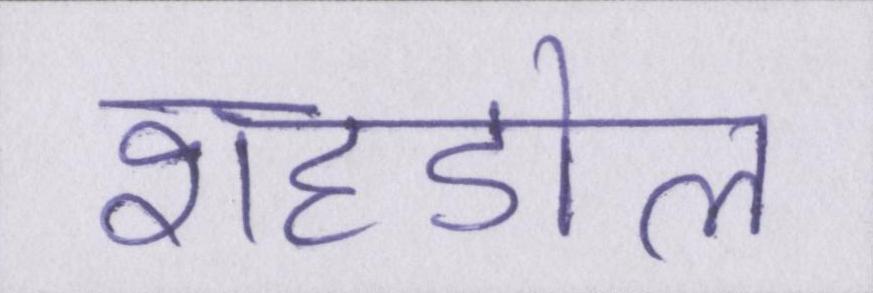
शहडोल